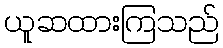
ယူဆထားကြသည်